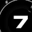
Digit: 7